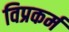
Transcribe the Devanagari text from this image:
विप्रकर्म